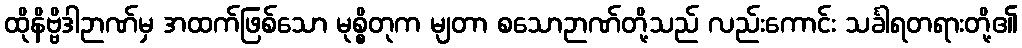
ထိုနိဗ္ဗိဒါဉာဏ်မှ အထက်ဖြစ်သော မုစ္စိတုက မျတာ စသောဉာဏ်တို့သည် လည်းကောင်း သင်္ခါရတရားတို့၏